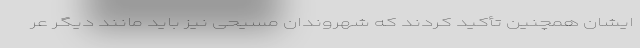
ایشان همچنین تأکید کردند که شهروندان مسیحی نیز باید مانند دیگر عر